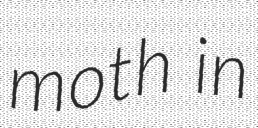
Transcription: moth in